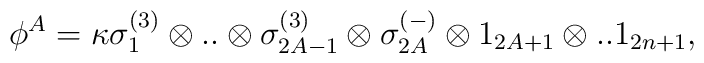
\phi^A = \kappa \sigma^{(3)}_1 \otimes..\otimes \sigma^{(3)}_{2A-1}\otimes\sigma_{2A}^{(-)} \otimes 1_{2A+1}\otimes.. 1_{2n+1} ,